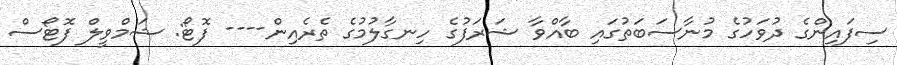
ސިފައިންގެ ދުވަހުގެ މުނާސަބަތުގައި ބާއްވާ ޝަރަފުގެ ހިނގާލުމުގެ ތެރެއިން---- ފޮޓޯ: ޝަމްވީލް ފޮޓޯސް